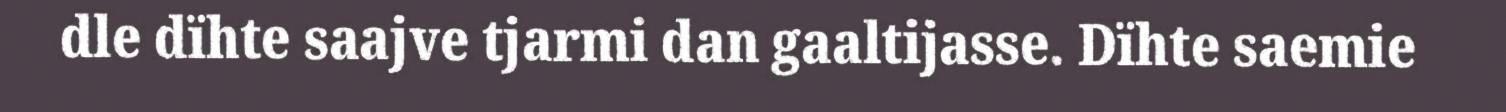
dle dïhte saajve tjarmi dan gaaltijasse. Dïhte saemie